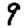
Digit: 9